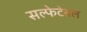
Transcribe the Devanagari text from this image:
सल्फेटेबल